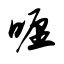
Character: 喱